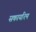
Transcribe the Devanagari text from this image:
सकायरिम